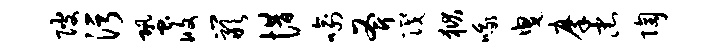
陂污蛩攸岩惜喻斧筏狱哦曳摩忠陶